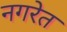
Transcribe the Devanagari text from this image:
नगरेत